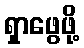
ရှာဖွေဖို့